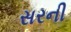
સરની